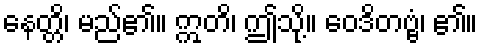
နေတ္တိ၊ မည်၏။ ဣတိ၊ ဤသို့။ ဝေဒိတဗ္ဗံ၊ ၏။